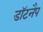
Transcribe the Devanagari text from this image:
डॉटनैप